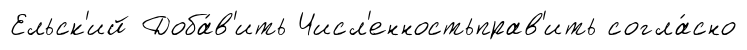
Ельск'ий Доба́в'ить Числ'енностьправ'ить согла́сно